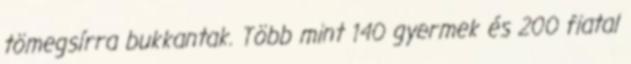
tömegsírra bukkantak. Több mint 140 gyermek és 200 fiatal